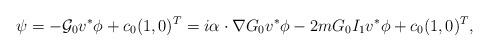
LaTeX: \begin{align*}\psi=-\mathcal G_0 v^* \phi +c_0(1,0)^T= i\alpha \cdot \nabla G_0 v^* \phi -2mG_0 I_1v^* \phi +c_0(1,0)^T,\end{align*}